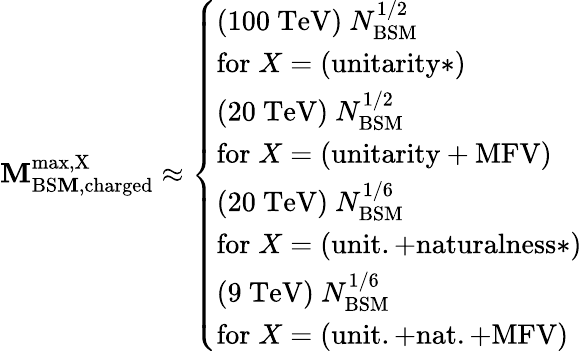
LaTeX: \mathbf{M}_{\mathrm{{BS\mathbf{M},charged}}}^{\mathrm{{max,X}}}\approx\left\{ \begin{array}{l}{(100~{\textrm{TeV}})\ N_{\mathrm{BSM}}^{1/2}}\\ {\mathrm{for\; }X=\mathrm{(unitarity*)}}\\ {(20~{\textrm{TeV}})\ N_{\mathrm{BSM}}^{1/2}}\\ {\mathrm{for\; }X=\mathrm{(unitarity+MFV)}}\\ {(20~{\textrm{TeV}})\ N_{\mathrm{BSM}}^{1/6}}\\ {\mathrm{for\; }X=\mathrm{(unit.+naturalness*)}}\\ {(9~{\textrm{TeV}})\ N_{\mathrm{BSM}}^{1/6}}\\ {\mathrm{for\; }X=\mathrm{(unit.+nat.+MFV)}}\end{array}\right.